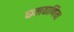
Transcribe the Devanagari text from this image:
कलवाणिया